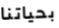
بحياتنا